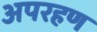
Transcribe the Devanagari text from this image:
अपरहण